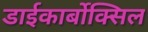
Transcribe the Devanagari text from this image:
डाईकार्बोक्सिल